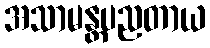
အသာမန္တပညတာယ